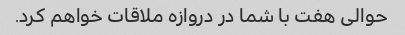
حوالی هفت با شما در دروازه ملاقات خواهم کرد.